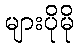
များပိုမို